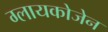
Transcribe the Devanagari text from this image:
ग्लायकोजेन